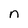
Character: n